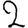
Digit: 2